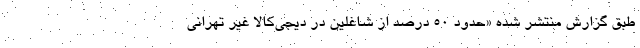
طبق گزارش منتشر شده «حدود 50 درصد از شاغلین در دیجی‌کالا غیر تهرانی